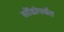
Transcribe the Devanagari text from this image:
सोंडांपर्यंत